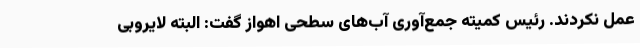
عمل نکردند. رئیس کمیته جمع‌آوری آب‌های سطحی اهواز گفت: البته لایروبی